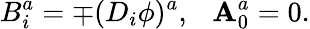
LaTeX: B_{i}^{a}=\mp(D_{i}\phi)^{a},\ \ \ \mathbf{A}_{0}^{a}=0.